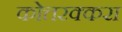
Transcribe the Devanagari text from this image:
कोत्तरक्करा